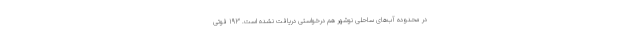
در محدوده آب‌های ساحلی نوشهر هم درخواستی دریافت نشده است. ۱۹۳ فوتی